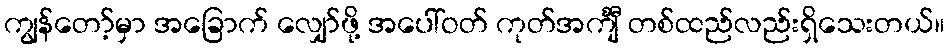
ကျွန်တော့်မှာ အခြောက် လျှော်ဖို့ အပေါ်ဝတ် ကုတ်အင်္ကျီ တစ်ထည်လည်းရှိသေးတယ်။